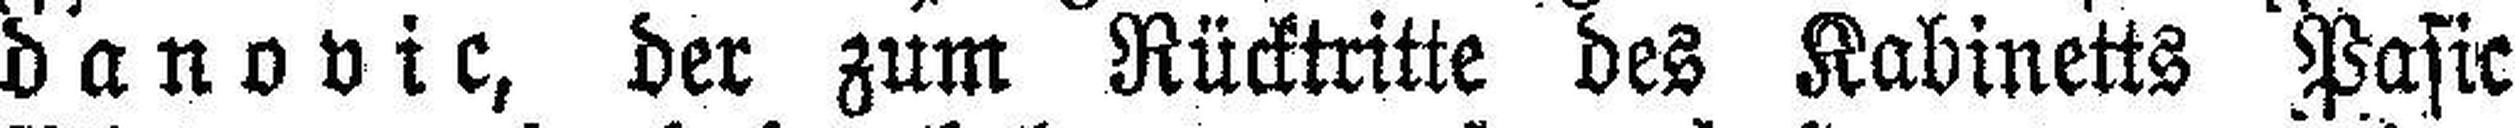
danovic, der zum Rücktritte des Kabinetts Pasic